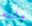
وابنه